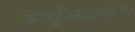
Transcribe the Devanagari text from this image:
अंगुलीयान्कम